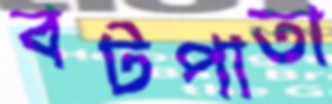
বটপাতা